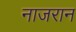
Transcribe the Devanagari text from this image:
नाजरान